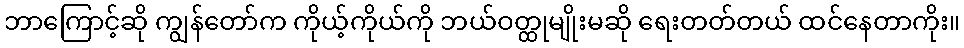
ဘာကြောင့်ဆို ကျွန်တော်က ကိုယ့်ကိုယ်ကို ဘယ်ဝတ္ထုမျိုးမဆို ရေးတတ်တယ် ထင်နေတာကိုး။